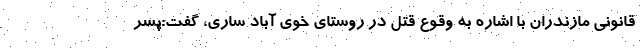
قانونی مازندران با اشاره به وقوع قتل در روستای خوی آباد ساری، گفت:پسر